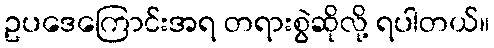
ဥပဒေကြောင်းအရ တရားစွဲဆိုလို့ ရပါတယ်။